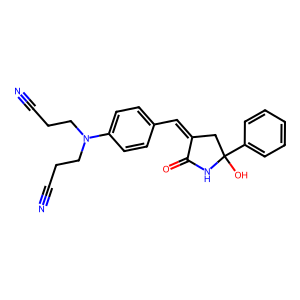
SMILES: N#CCCN(CCC#N)c1ccc(C=C2CC(O)(c3ccccc3)NC2=O)cc1
Inhibits HIV replication: No